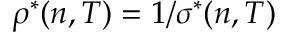
\rho ^ { * } ( n , T ) = 1 / \sigma ^ { * } ( n , T )